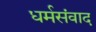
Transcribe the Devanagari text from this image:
धर्मसंवाद